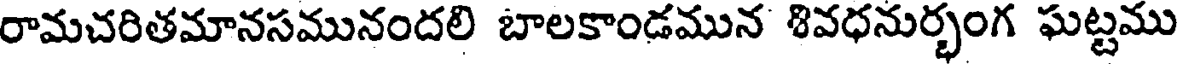
రామచరితమానసమునందలి బాలకాండమున శివధనుర్భంగ ఘట్టము